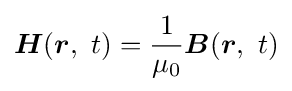
{\boldsymbol {H}}({\boldsymbol {r}},\ t)={\frac {1}{\mu _{0}}}{\boldsymbol {B}}({\boldsymbol {r}},\ t)